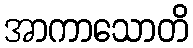
အာကာသောတိ